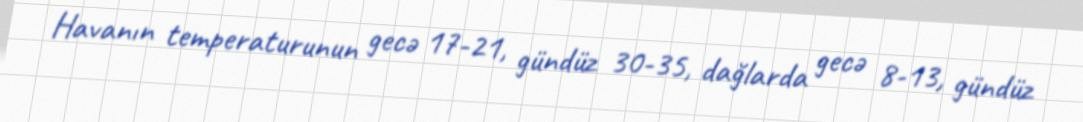
Havanın temperaturunun gecə 17-21, gündüz 30-35, dağlarda gecə 8-13, gündüz